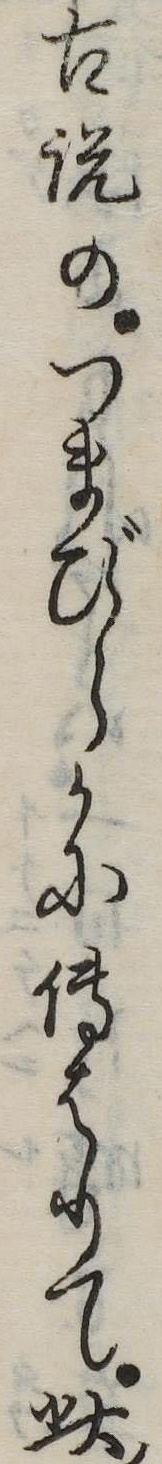
古説のつまびらかに伝はりて此